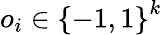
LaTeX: o_{i}\in\left\{ -1,1\right\} ^{k}